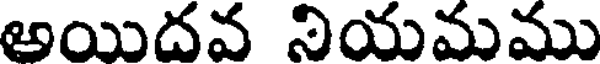
అయిదవ నియమము